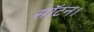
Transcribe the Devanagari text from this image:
सॉटन।